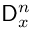
\mathsf { D } _ { x } ^ { n }